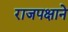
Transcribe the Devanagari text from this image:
राजपक्षाने